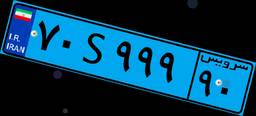
۷۰S۹۹۹۹۰